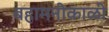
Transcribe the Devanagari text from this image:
बहामनीकाळी